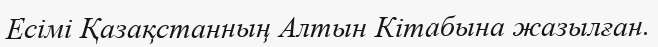
Есімі Қазақстанның Алтын Кітабына жазылған.